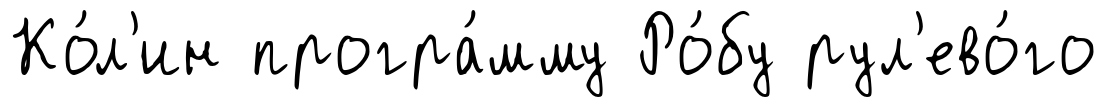
Ко́л'ин програ́мму Ро́бу рул'ево́го